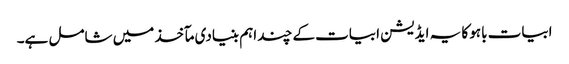
ابیات باہو کا یہ ایڈیشن ابیات کے چند اہم بنیادی مآخذ میں شامل ہے۔